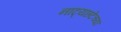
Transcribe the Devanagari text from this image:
नाट्यछटेच्या